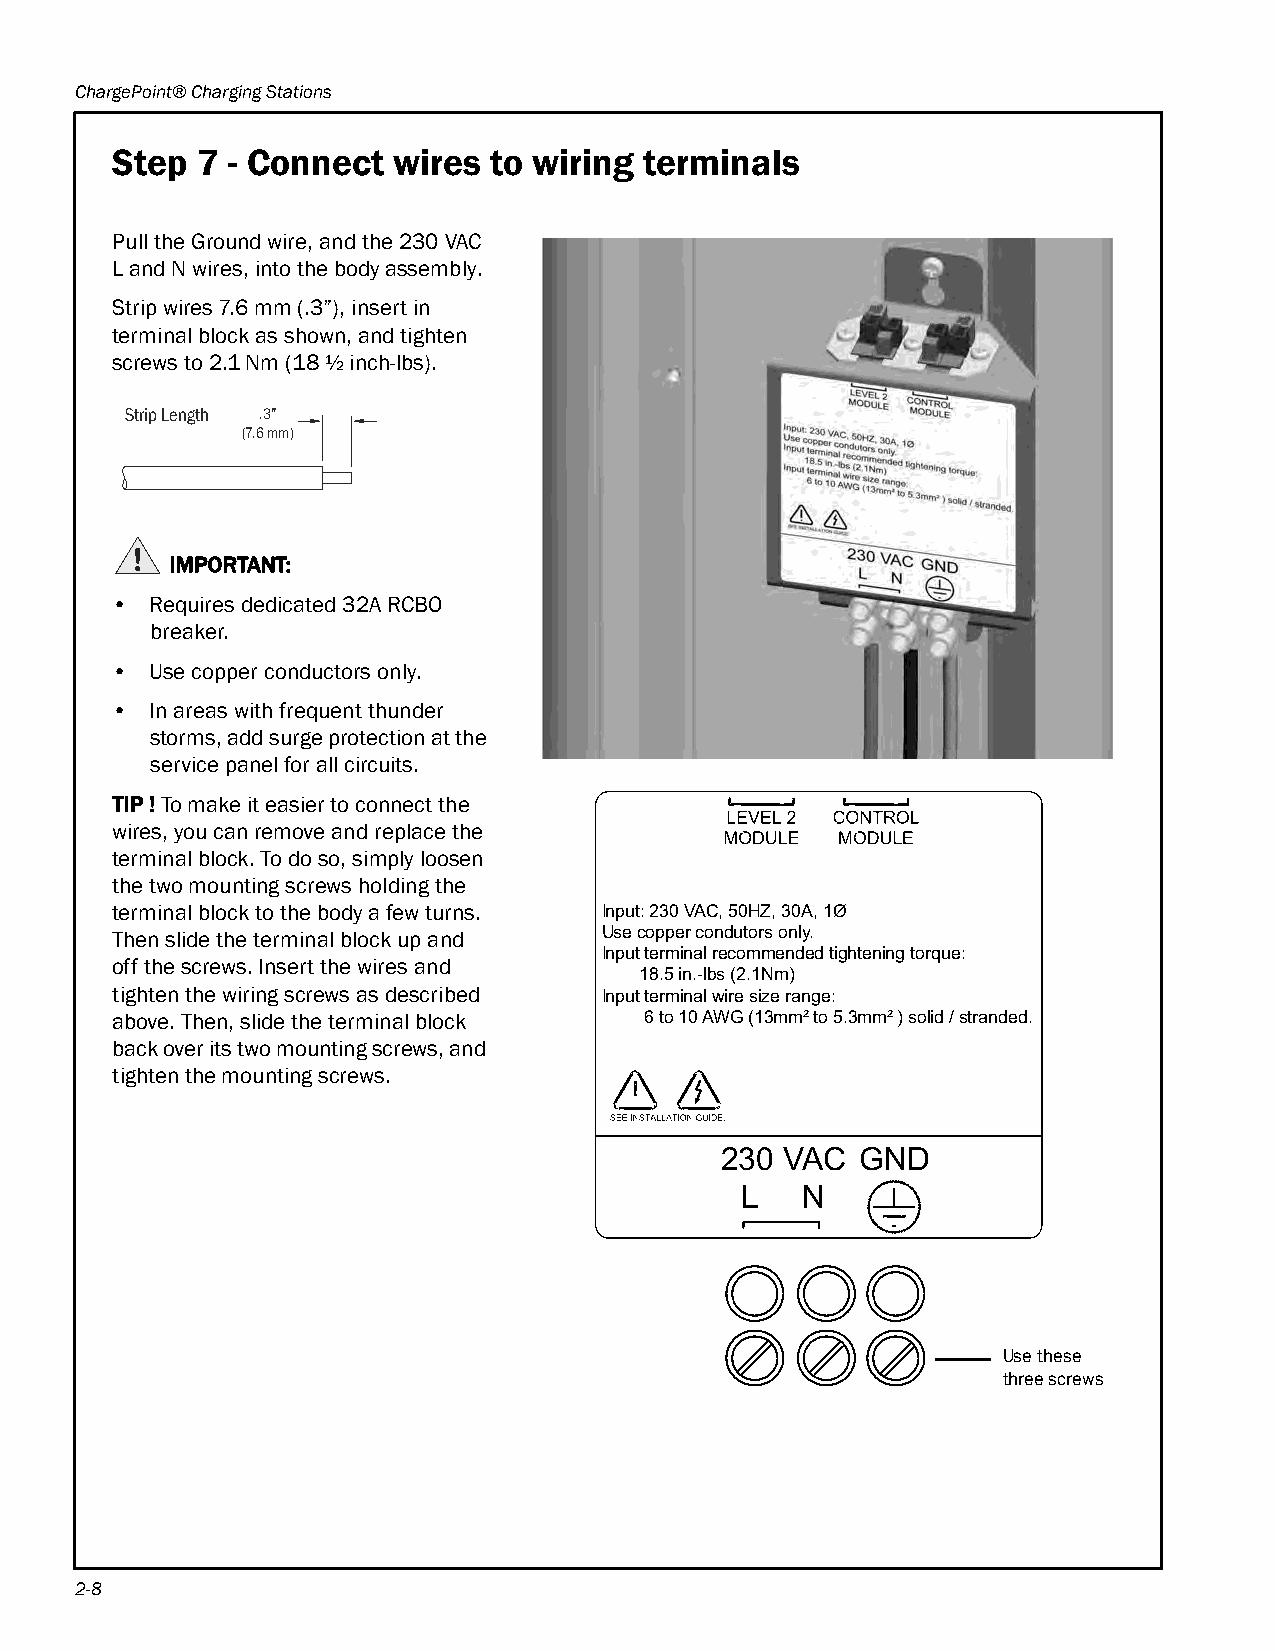
ChargePoint® Charging Stations
 Step  7 - Connect  wires to wiring  terminals
 Pull the Ground wire, and the 230 VAC
 LandNwires, into the body assembly.
 Strip wires 7.6 mm (.3”), insert in
 terminal block as shown, and tighten
 screws to 2.1 Nm (18½ inch-lbs).
 Strip Length .3”
 (7.6 mm)
 IMPORTANT:
 •  Requires dedicated 32A RCBO
 breaker.
 •  Use copper conductors only.
 •  In areas with frequent thunder
 storms, add surge protection at the
 service panel for all circuits.
 TIP ! To make it easier to connect the
 wires, you can remove and replace the
 terminal block. To do so, simply loosen
 the two mounting screws holding the
 terminal block to the body a few turns. Input: 230 VAC, 50HZ, 30A, 1Ø
 Then slide the terminal block up and Use copper condutors only.
 Input terminal recommended tightening torque:
 off the screws. Insert the wires and
 18.5 in.-lbs (2.1Nm)
 tighten the wiring screws as described Input terminal wire size range:
 above. Then, slide the terminal block 6 to 10 AWG (13mm² to 5.3mm² ) solid / stranded.
 back over its two mounting screws, and
 tighten the mounting screws.
 230 VAC  GND
 L   N
 Use these
 three screws
 2-8